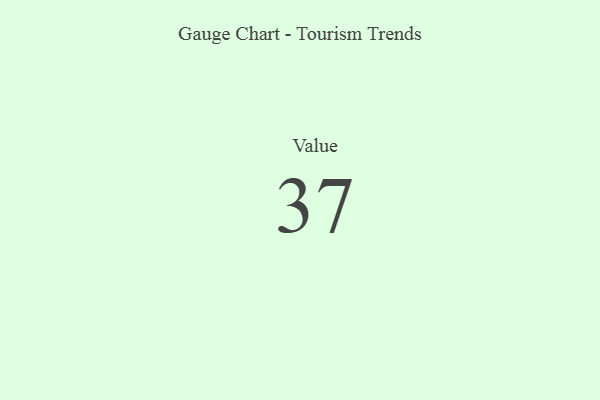
{"axis": {"x": "Metric", "y": "Value"}, "legend": [""], "data": [{"x": "Value", "y": 37, "type": ""}]}